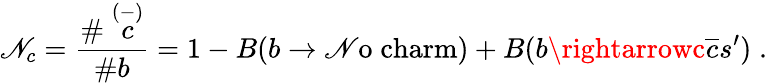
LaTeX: \mathscr{N}_{c}=\frac{{\# \stackrel{(-)}{c}}}{{\# b}}=1-B(b\rightarrow\mathrm{{\mathscr{N}o}}\; \mathrm{{charm}})+B(b\rightarrowc\overline{{{c}}}s^{\prime})\; .